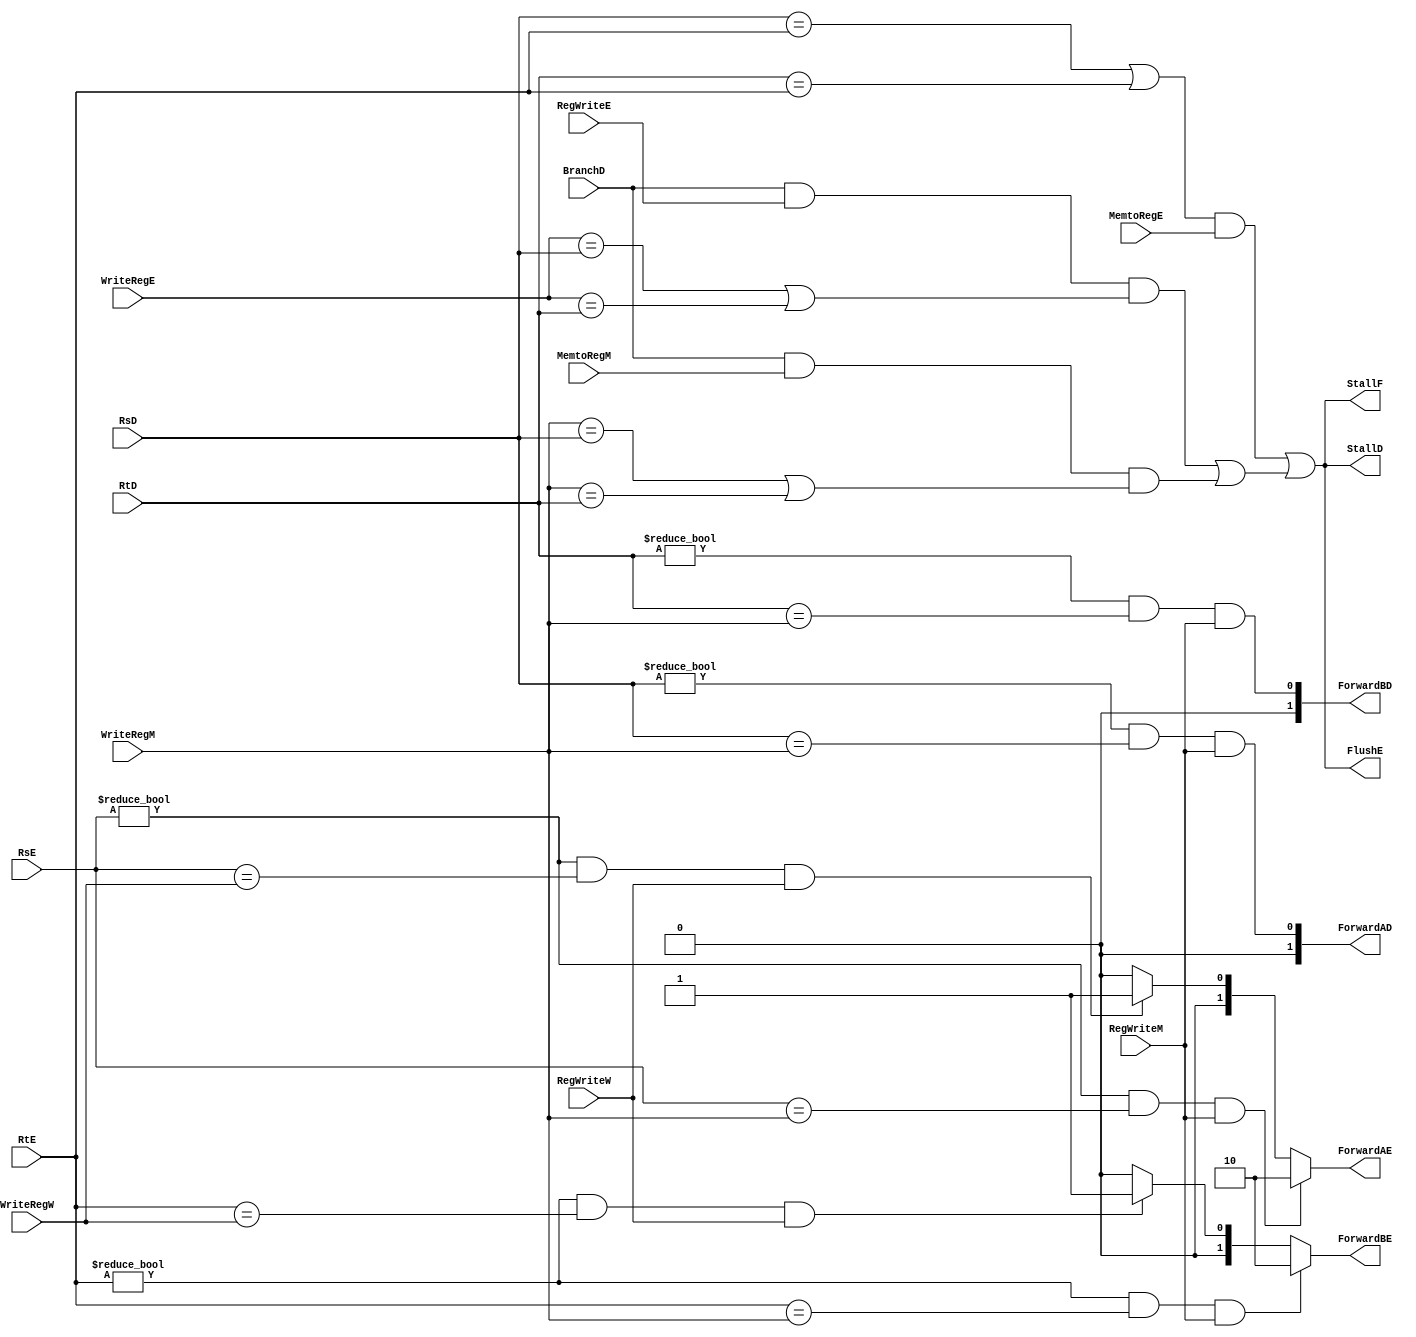
`timescale 1ns / 1ps

module Hazard_Unit(StallF, StallD, BranchD, ForwardAD, ForwardBD, FlushE, ForwardAE, ForwardBE,
						 MemtoRegE, RegWriteE, RegWriteM, RegWriteW, RsD, RtD, RsE, RtE, WriteRegE,
						 WriteRegM, WriteRegW, MemtoRegM);

input BranchD, MemtoRegE, MemtoRegM, RegWriteE, RegWriteM, RegWriteW;
input [4:0] WriteRegE, WriteRegM, WriteRegW, RsD, RtD, RsE, RtE;
output StallF, StallD, FlushE;
output [1:0] ForwardAD, ForwardBD, ForwardAE, ForwardBE;

reg [1:0] ForwardAD, ForwardBD, ForwardAE, ForwardBE;
reg StallF, StallD, FlushE, lwstall, branchstall;

always @ ( BranchD or RsD or RtD or RsE or RtE or 
			  MemtoRegE or RegWriteE or RegWriteM or MemtoRegM or
			  RegWriteW or  WriteRegE or WriteRegM or WriteRegW)
//always
begin

	// Forwarding Data Hazards for Rs
	// Priority is given to the Memory stage because it has more recent data
	// Allow forwarding if Rs in Execute stage matches The reg to write in in the memory stage
	if (RsE != 0 && RsE == WriteRegM && RegWriteM )
		ForwardAE <= 2'b10;
	else if ( RsE != 0 && RsE == WriteRegW && RegWriteW )
		ForwardAE <= 2'b01;
	else
		ForwardAE <= 2'b00;

	// Forwarding Data Hazards for Rt
	//same logic for Rs
	if (RtE != 0 && RtE == WriteRegM && RegWriteM )
		ForwardBE <= 2'b10;
	else if ( RtE != 0 && RtE == WriteRegW && RegWriteW )
		ForwardBE <= 2'b01;
	else
		ForwardBE <= 2'b00;

	// Solving Data Hazards by Stalling the Pipeline
	lwstall = ( (RsD == RtE) || (RtD == RtE) ) && MemtoRegE;
	
	// Solving Control Hazard by Stalling
	// TODO check if EM are right instead of DE
	branchstall = BranchD && RegWriteE && (WriteRegE == RsD || WriteRegE == RtD)
					|| BranchD && MemtoRegM && (WriteRegM == RsD || WriteRegM == RtD);
					
	// stall and flush if we any stall is taken
	StallF <= lwstall || branchstall;
	StallD <= lwstall || branchstall;
	FlushE <= lwstall || branchstall;
	
	// Forwarding in case of Control Hazard to the decode 
	ForwardAD = (RsD != 0) && (RsD == WriteRegM) && RegWriteM;
	ForwardBD = (RtD != 0) && (RtD == WriteRegM) && RegWriteM;

end
	
	
endmodule